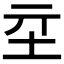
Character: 𡉝